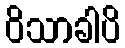
ဝိသာခါပိ